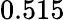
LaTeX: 0.515